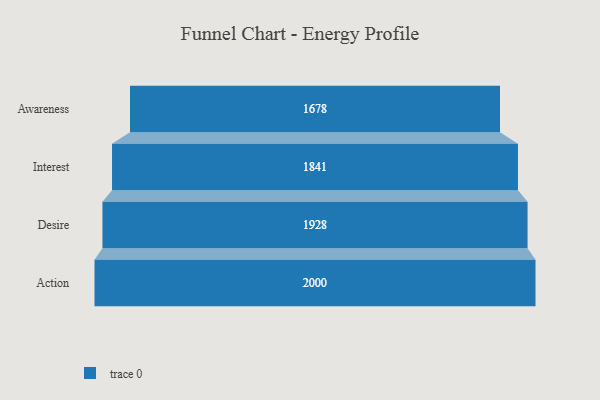
{"axis": {"x": "Stage", "y": "Value"}, "legend": [""], "data": [{"x": "Awareness", "y": 1678.0, "type": ""}, {"x": "Interest", "y": 1841.0, "type": ""}, {"x": "Desire", "y": 1928.0, "type": ""}, {"x": "Action", "y": 2000, "type": ""}]}